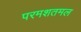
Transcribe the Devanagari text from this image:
परमशतमल